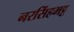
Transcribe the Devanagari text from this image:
नरसिंहभट्ट